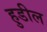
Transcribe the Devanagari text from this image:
हुडील